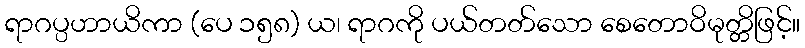
ရာဂပ္ပဟာယိကာ (ပေ ၁၅၈) ယ၊ ရာဂကို ပယ်တတ်သော စေတောဝိမုတ္တိဖြင့်။